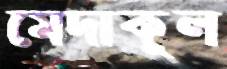
মেদাকুল